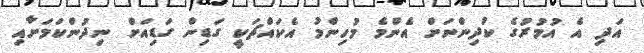
އަދި އެ އުމުރުގެ ކުދިންނަށް އެންމެ މުހިންމު އެކައްޗަކީ ގަޑިން ގަޑިއަށް ނިދުންކަމަށާއި